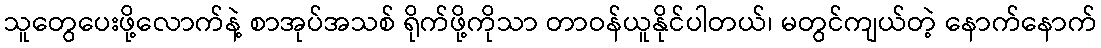
သူတွေပေးဖို့လောက်နဲ့ စာအုပ်အသစ် ရိုက်ဖို့ကိုသာ တာဝန်ယူနိုင်ပါတယ်၊ မတွင်ကျယ်တဲ့ နောက်နောက်